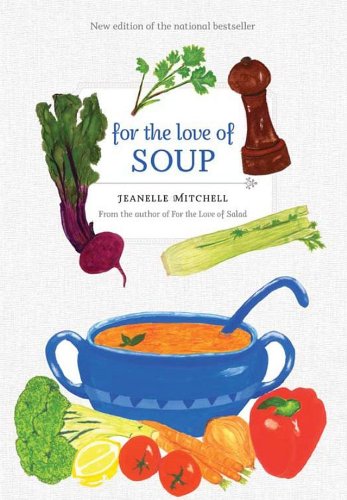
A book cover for For the Love of Soup; Jeanelle Mitchell; Cookbooks, Food & Wine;